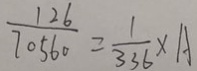
\frac { 1 2 6 } { 7 0 5 6 0 } = \frac { 1 } { 3 3 6 } \times A